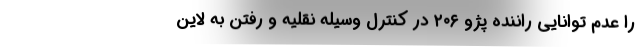
را عدم توانایی راننده پژو ۲۰۶ در کنترل وسیله نقلیه و رفتن به لاین